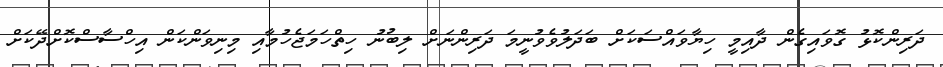
ދަރިންކޮޅު ގޮވައިގެން ދާއިމީ ހިޔާވައްސަކަށް ބަދަލުވެވުނީމަ ދަރިންނަށް ލިބުނު ހިތްހަމަޖެހުމާއި މިނިވަންކަން އިހްސާސްކޮށްދޭކަށް